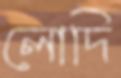
লোদি